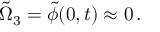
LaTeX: \tilde { \Omega } _ { 3 } = \tilde { \phi } ( 0 , t ) \approx 0 \, .